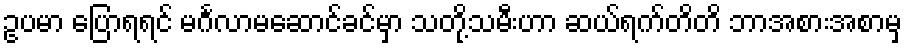
ဥပမာ ပြောရရင် မင်္ဂလာမဆောင်ခင်မှာ သတို့သမီးဟာ ဆယ်ရက်တိတိ ဘာအစားအစာမှ